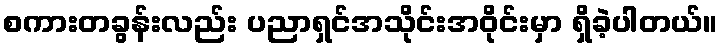
စကားတခွန်းလည်း ပညာရှင်အသိုင်းအဝိုင်းမှာ ရှိခဲ့ပါတယ်။